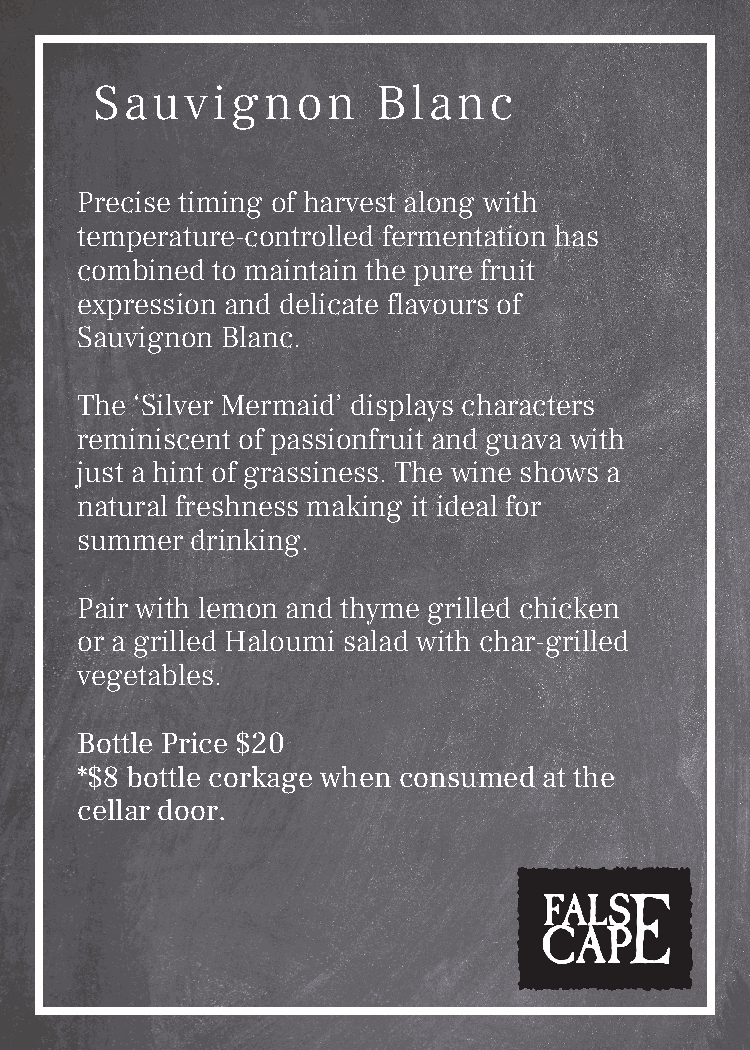
Sauvignon          Blanc
 Precise timing of harvest along with
 temperature-controlled fermentation has
 combined to maintain the pure fruit
 expression and delicate flavours of
 Sauvignon Blanc.
 The ‘Silver Mermaid’ displays characters
 reminiscent of passionfruit and guava with
 just a hint of grassiness. The wine shows a
 natural freshness making it ideal for
 summer  drinking.
 Pair with lemon and thyme grilled chicken
 or a grilled Haloumi salad with char-grilled
 vegetables.
 Bottle Price $20
 *$8 bottle corkage when consumed at the
 cellar door.